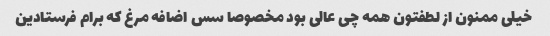
خیلی ممنون از لطفتون همه چی عالی بود مخصوصا سس اضافه مرغ که برام فرستادین